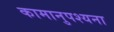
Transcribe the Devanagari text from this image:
कामानुपश्यना